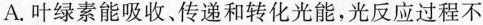
A.叶绿素能吸收，传递和转化光能，光反应过程不